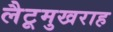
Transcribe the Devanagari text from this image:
लैटूमुखराह